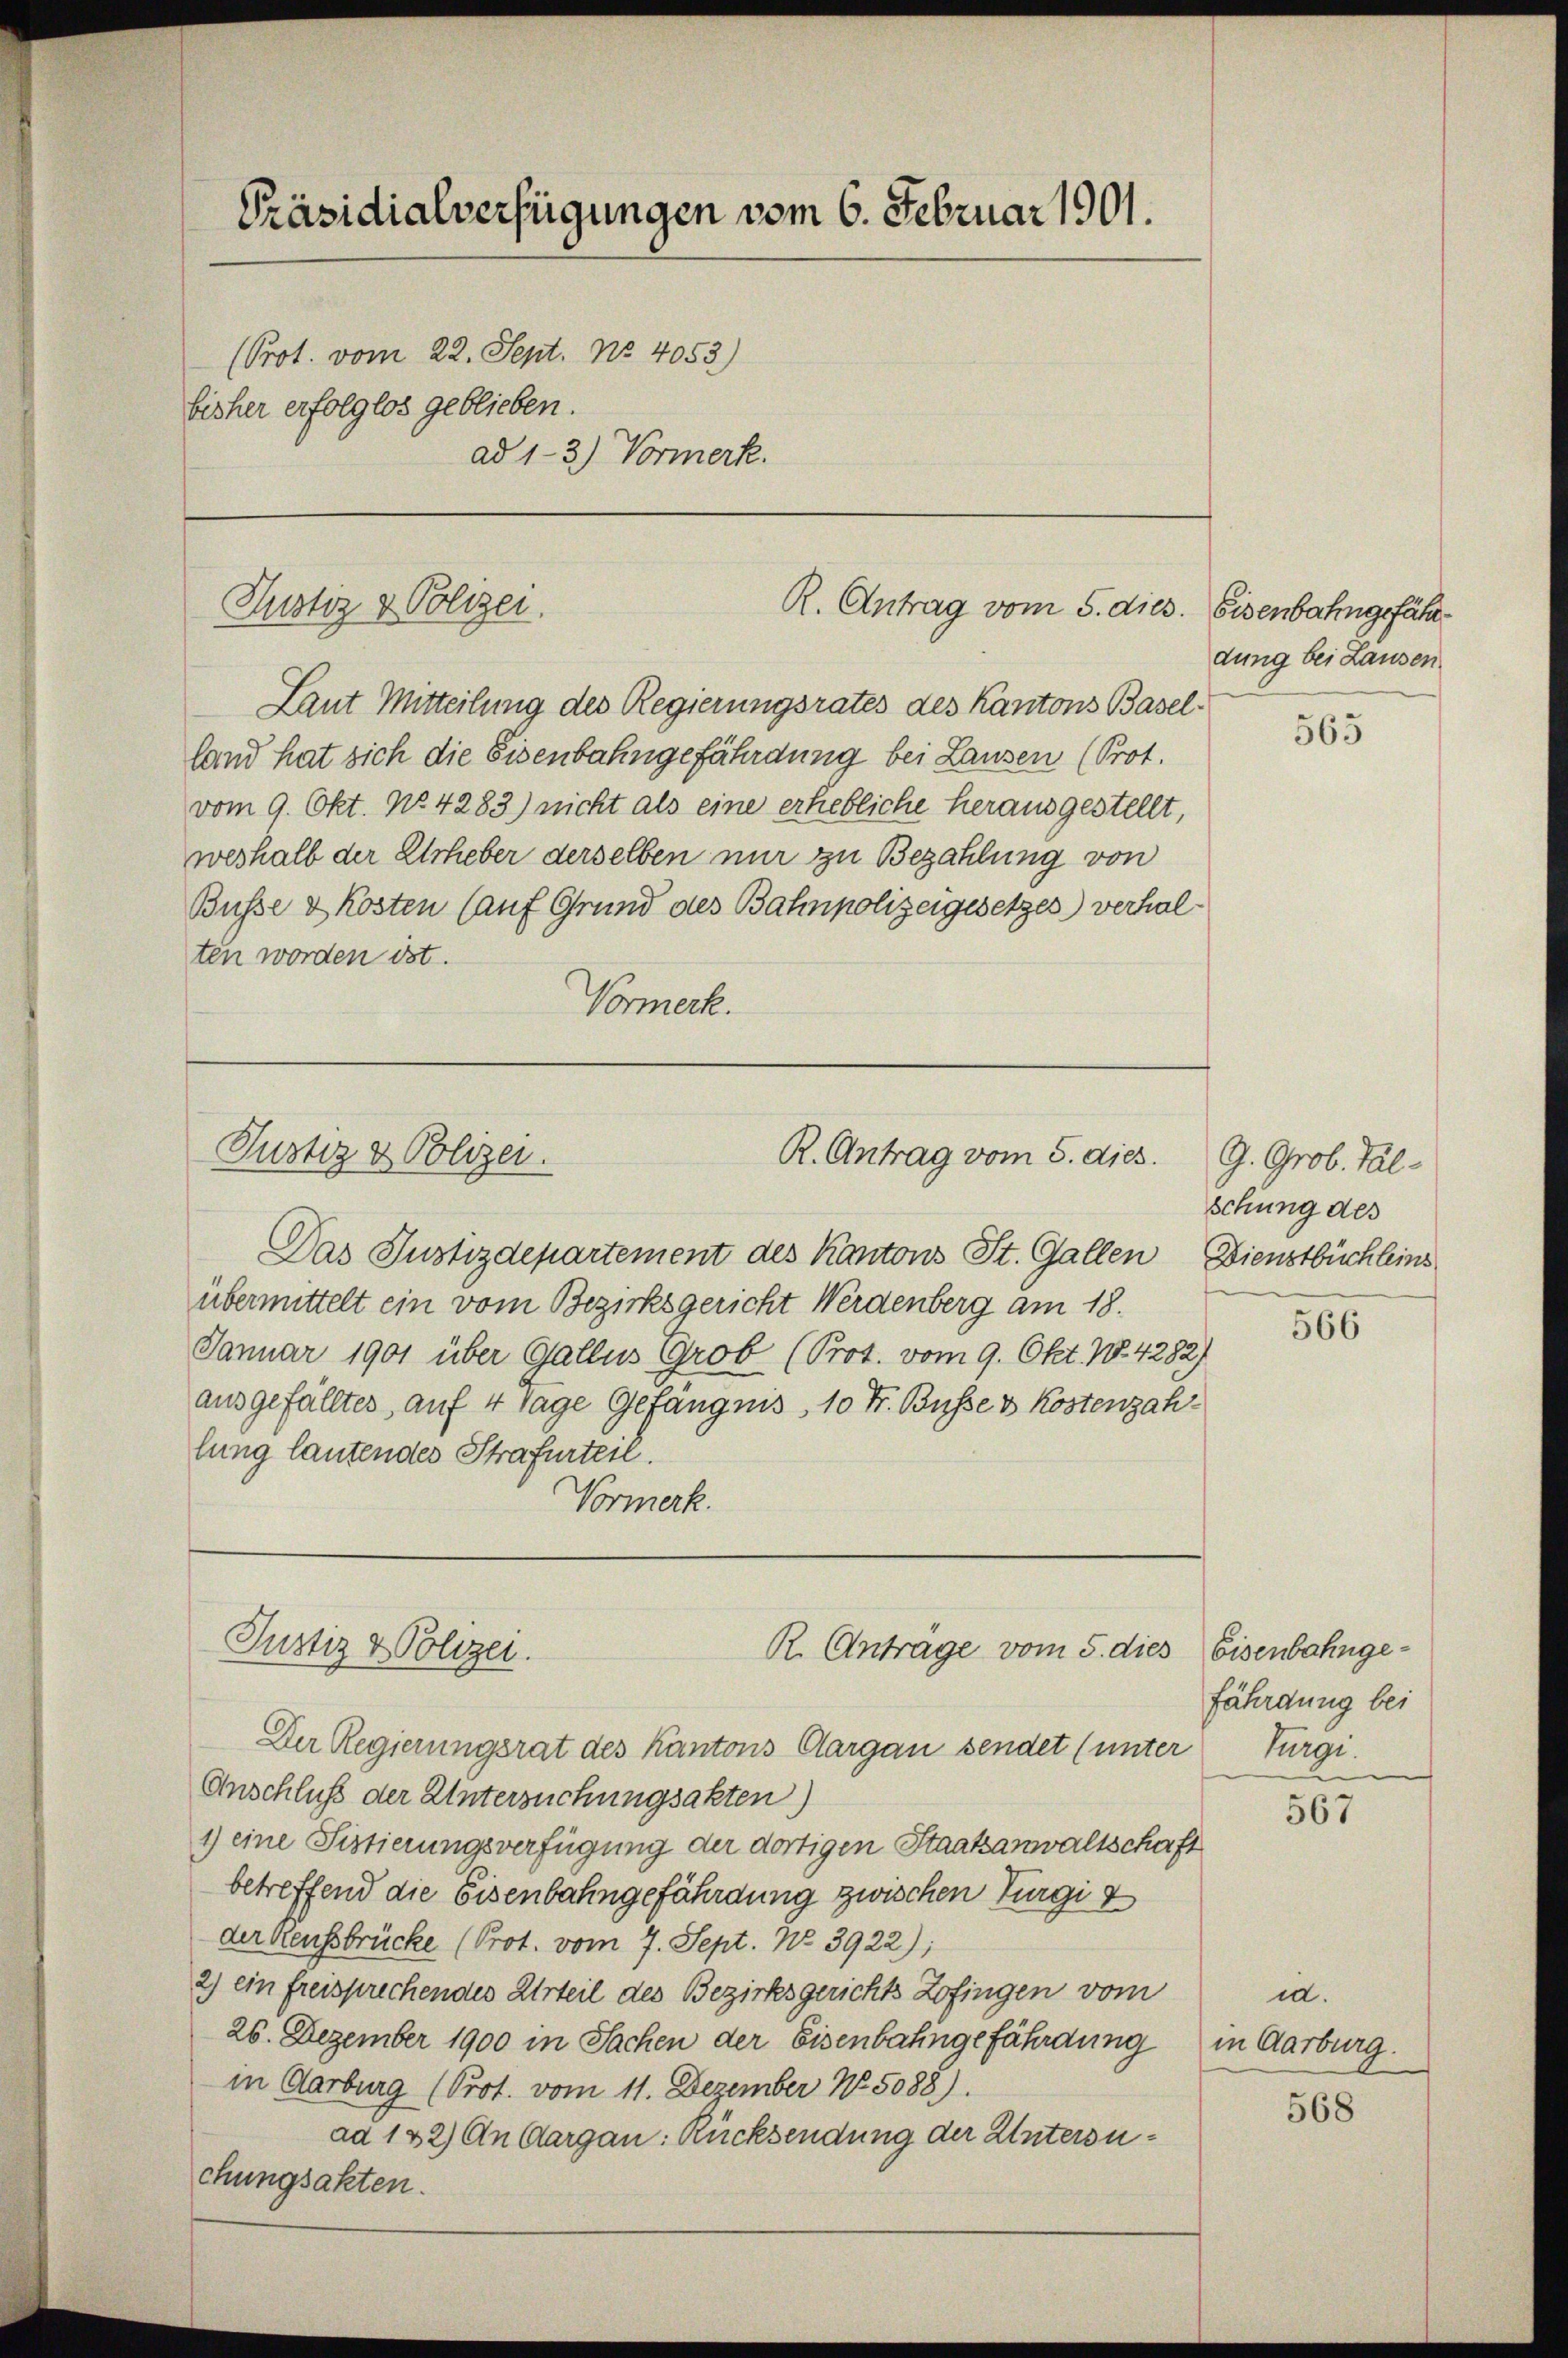
Präsidialverfügungen vom 6. Februar 1901.
(Prot. vom 22. Sept. No. 4053)
bisher erfolglos geblieben.
ad 1-3.) Vormerk.

Justiz & Polizei.
R. Antrag vom 5. dies. Eisenbahngefähr¬

Laut Mitteilung des Regierungsrates des Kantons Baselland hat sich die Eisenbahngefährdung bei Lausen (Prot.
vom 9. Okt. No 4283) nicht als eine erhebliche herausgestellt,
weshalb der Erheber derselben nur zu Bezahlung von
Busse & Kosten (auf Grund des Bahnpolizeigesetzes) verhalten worden ist.
Vormerk.

Justiz & Polizei.
R. Antrag vom 5. dies

Das Justizdepartement des Kantons St. Gallen Dienstbüchleins
übermittelt ein vom Bezirksgericht Werdenberg am 18.
Januar 1901 über Gallus Grob (Prot. vom 9. Okt. 184282)
ausgefälltes auf 4 Tage Gefängnis, 10 Fr. Busse & Kostenzah
lung lautendes Strafurteil.
Vormerk.

Justiz & Polizei.
R. Anträge vom 5. dies Eisenbahnge¬

Der Regierungsrat des Kantons Aargau sendet (unter
Anschluß der Untersuchungsakten)
1) eine Fistierungsverfügung der dortigen Staatsanwaltschaft
betreffend die Eisenbahngefährdung zwischen Turgi &
der Kaufsbrücke (Prot. vom 7. Sept. No. 3922);
2) ein freisprechendes Urteil des Bezirksgerichts Zofingen vom
26. Dezember 1900 in Sachen der Eisenbahngefährdung in Aarburg.
in Aarburg (Prot. vom 11. Dezember No 5088).
ad 122) An Aargau: Rücksendung der Untersuchungsakten.

dung bei Lausen.

565

J. Grob. Val-
schung des

566

fährdung bei
Turge

567

ia.

568